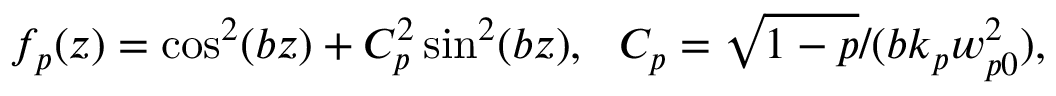
f _ { p } ( z ) = \cos ^ { 2 } ( b z ) + C _ { p } ^ { 2 } \sin ^ { 2 } ( b z ) , ~ ~ C _ { p } = \sqrt { 1 - p } / ( b k _ { p } w _ { p 0 } ^ { 2 } ) ,